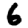
Digit: 6